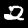
Digit: 2